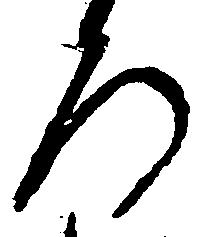
ろ